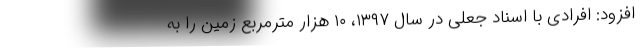
افزود: افرادی با اسناد جعلی در سال ۱۳۹۷، ۱۰ هزار مترمربع زمین را به